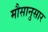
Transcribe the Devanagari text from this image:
मौसानुसार